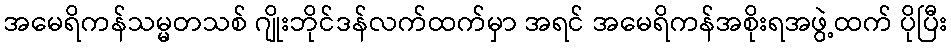
အမေရိကန်သမ္မတသစ် ဂျိုးဘိုင်ဒန်လက်ထက်မှာ အရင် အမေရိကန်အစိုးရအဖွဲ့ထက် ပိုပြီး